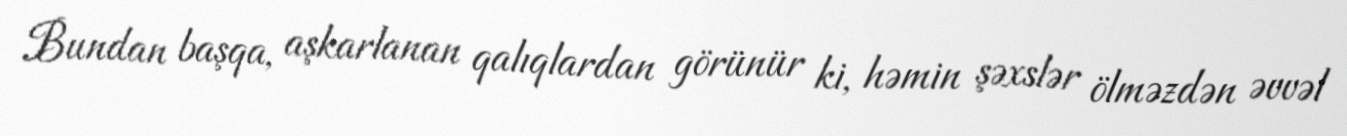
Bundan başqa, aşkarlanan qalıqlardan görünür ki, həmin şəxslər ölməzdən əvvəl